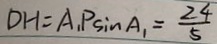
D H = A _ { 1 } P \sin A _ { 1 } = \frac { 2 4 } { 5 }